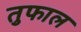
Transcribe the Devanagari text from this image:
तुफाल